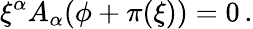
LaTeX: \xi^{\alpha}A_{\alpha}(\phi+\pi(\xi))=0\, .